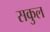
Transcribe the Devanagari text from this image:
सकुल